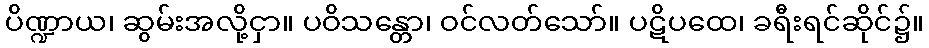
ပိဏ္ဍာယ၊ ဆွမ်းအလို့ငှာ။ ပဝိသန္တော၊ ဝင်လတ်သော်။ ပဋိပထေ၊ ခရီးရင်ဆိုင်၌။